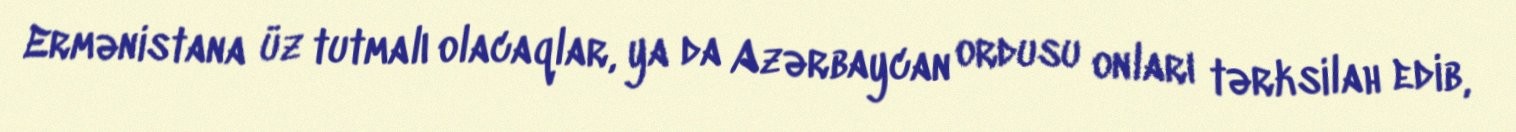
Ermənistana üz tutmalı olacaqlar, ya da Azərbaycan ordusu onları tərksilah edib,